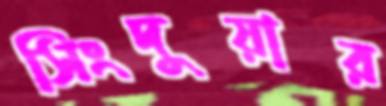
সিংদুয়ার